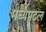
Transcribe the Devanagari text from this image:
मध्यपटल